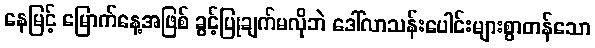
နေမြင့် မြောက်နေ့အဖြစ် ခွင့်ပြုချက်မလိုဘဲ ဒေါ်လာသန်းပေါင်းများစွာတန်သော